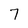
Character: 7